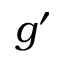
g ^ { \prime }